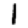
Digit: 1